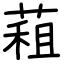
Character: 蒩